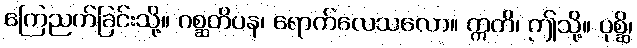
ကြေညက်ခြင်းသို့။ ဂစ္ဆတိပန၊ ရောက်လေသလော။ ဣတိ၊ ဤသို့။ ပုစ္ဆိ၊